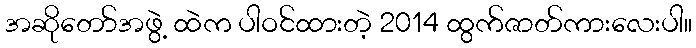
အဆိုတော်အဖွဲ့ ထဲက ပါဝင်ထားတဲ့ 2014 ထွက်ဇာတ်ကားလေးပါ။